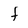
Character: f